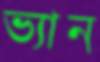
ভ্যান